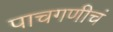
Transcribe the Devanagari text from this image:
पाचगणीचं